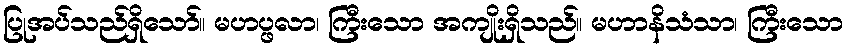
ပြုအပ်သည်ရှိသော်။ မဟပ္ဖလာ၊ ကြီးသော အကျိုးရှိသည်။ မဟာနိသံသာ၊ ကြီးသော